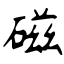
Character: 磁